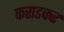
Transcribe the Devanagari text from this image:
कराडकर